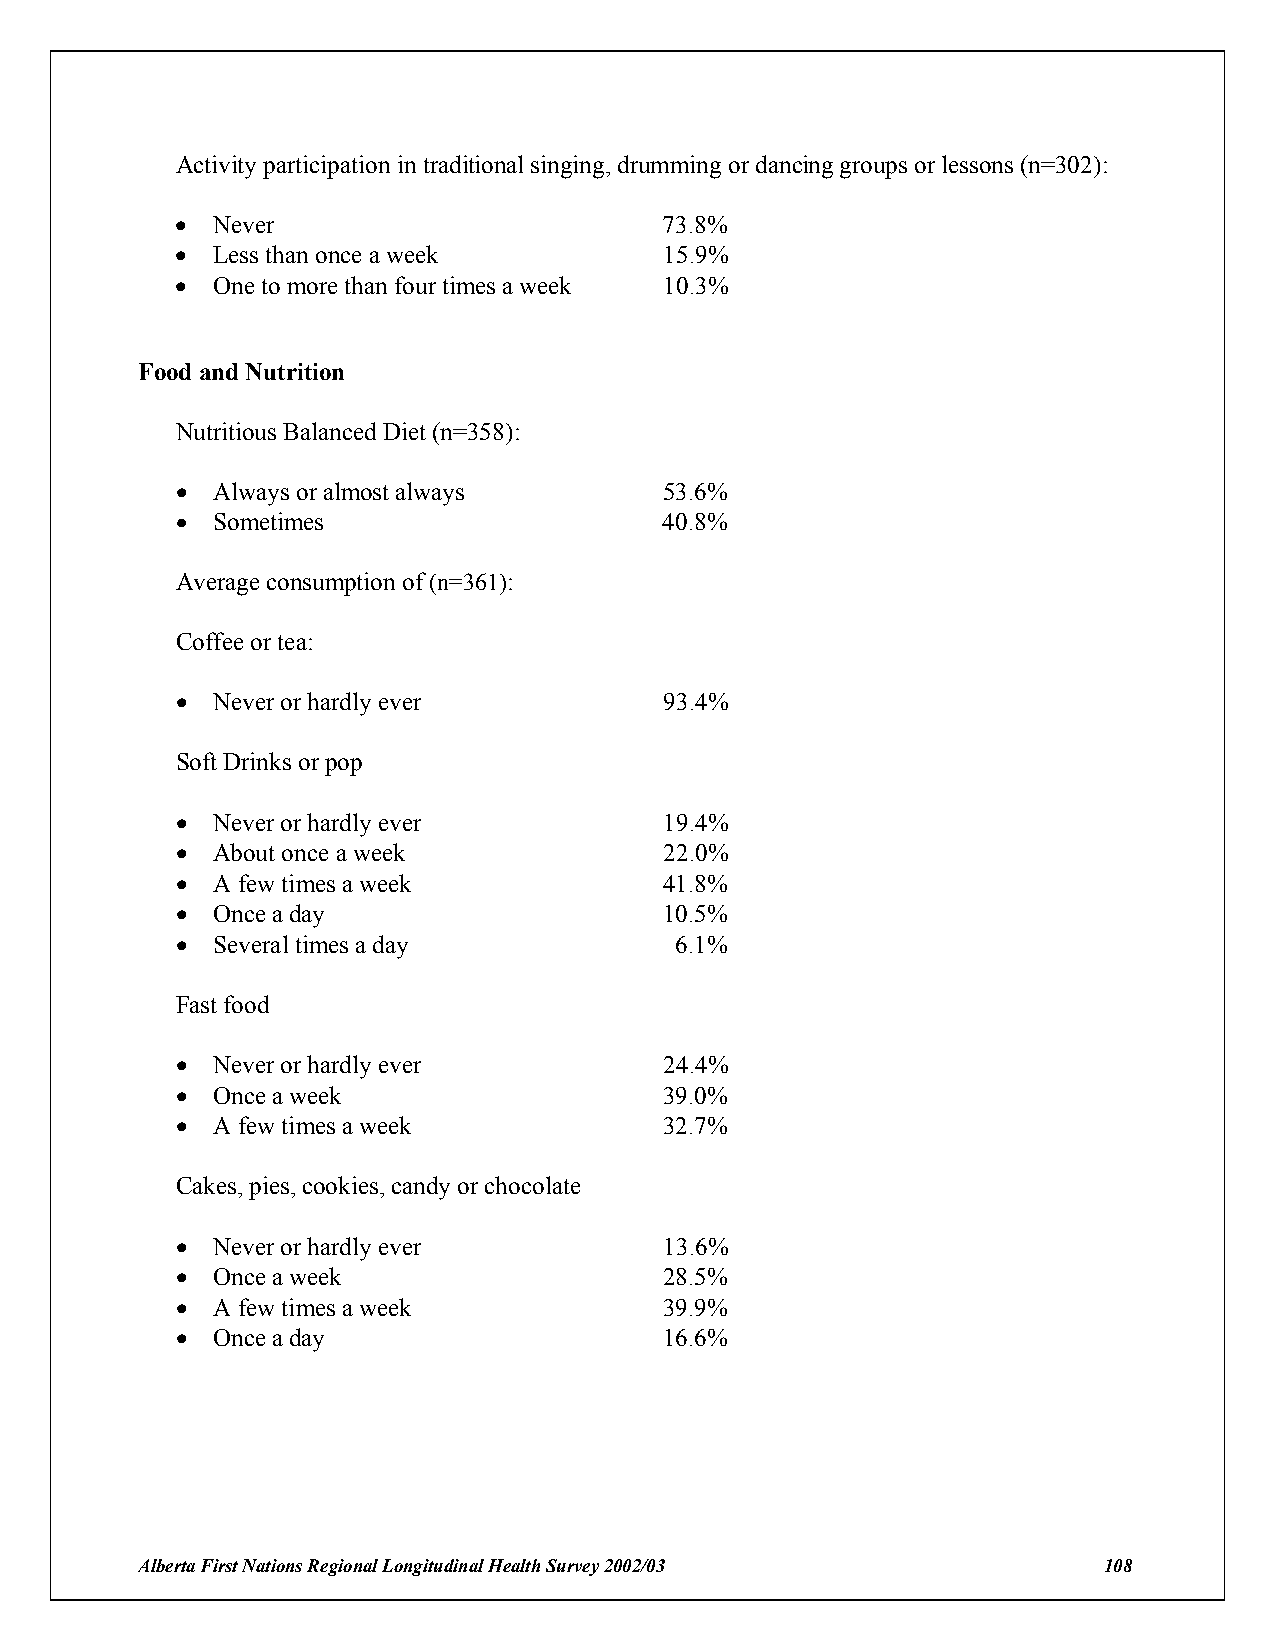
Activity participation in traditional singing, drumming or dancing groups or lessons (n=302):
 ! Never                         73.8%
 ! Less than once a week         15.9%
 ! One to more than four times a week 10.3%
 Food and Nutrition
 Nutritious Balanced Diet (n=358):
 ! Always or almost always       53.6%
 ! Sometimes                     40.8%
 Average consumption of (n=361):
 Coffee or tea:
 ! Never or hardly ever          93.4%
 Soft Drinks or pop
 ! Never or hardly ever          19.4%
 ! About once a week             22.0%
 ! A few times a week            41.8%
 ! Once a day                    10.5%
 ! Several times a day            6.1%
 Fast food
 ! Never or hardly ever          24.4%
 ! Once a week                   39.0%
 ! A few times a week            32.7%
 Cakes, pies, cookies, candy or chocolate
 ! Never or hardly ever          13.6%
 ! Once a week                   28.5%
 ! A few times a week            39.9%
 ! Once a day                    16.6%
 Alberta First Nations Regional Longitudinal Health Survey 2002/03 108